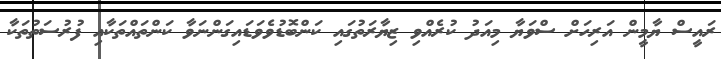
ރައީސް ޔާމީން އަރިހަށް ސްވަޔާ މިއަދު ކުރެއްވި ޒިޔާރަތުގައި ކަންބޮޑުވެވަޑައިގަންނަވާ ކަންތައްތަކާއި ފުރުސަތުތަކާ